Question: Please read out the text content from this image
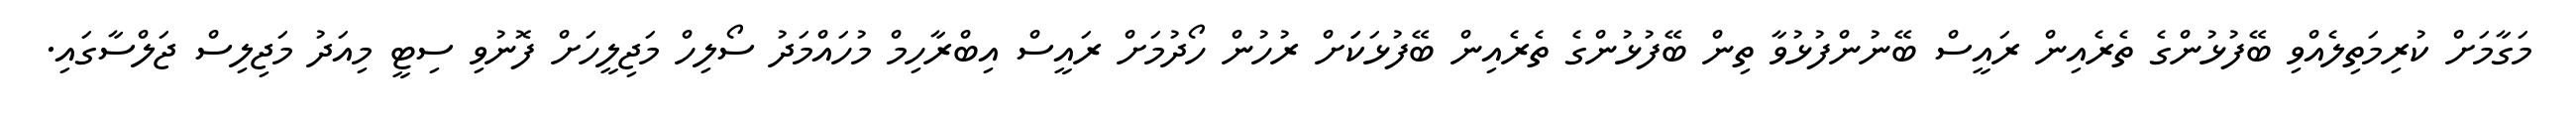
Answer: މަގާމަށް ކުރިމަތިލެއްވި ބޭފުޅުންގެ ތެރެއިން ރައީސް ބޭނުންފުޅުވާ ތިން ބޭފުޅުންގެ ތެރެއިން ބޭފުޅަކަަށް ރުހުން ހޯދުމަށް ރައީސް އިބްރާހިމް މުހައްމަދު ސޯލިހް މަޖިލީހަށް ފޮނުވި ސިޓީ މިއަދު މަޖިލިސް ޖަލްސާގައި.